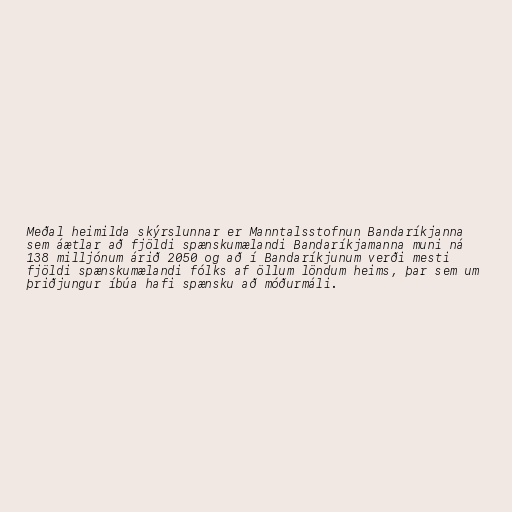
Meðal heimilda skýrslunnar er Manntalsstofnun Bandaríkjanna
sem áætlar að fjöldi spænskumælandi Bandaríkjamanna muni ná
138 milljónum árið 2050 og að í Bandaríkjunum verði mesti
fjöldi spænskumælandi fólks af öllum löndum heims, þar sem um
þriðjungur íbúa hafi spænsku að móðurmáli.